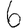
Digit: 6